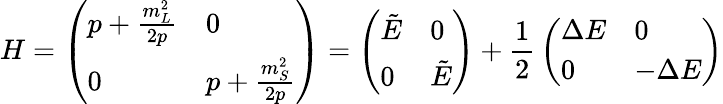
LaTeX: H=\left(\begin{array}{ll}{{p+\frac{m_{L}^{2}}{2p}}}&{{0}}\\ {{0}}&{{p+\frac{m_{S}^{2}}{2p}}}\end{array}\right)=\left(\begin{array}{ll}{{\tilde{E}}}&{{0}}\\ {{0}}&{{\tilde{E}}}\end{array}\right)+{\frac{1}{2}}\left(\begin{array}{ll}{{\Delta E}}&{{0}}\\ {{0}}&{{-\Delta E}}\end{array}\right)